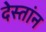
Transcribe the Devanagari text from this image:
देस्तांन